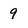
Character: 9